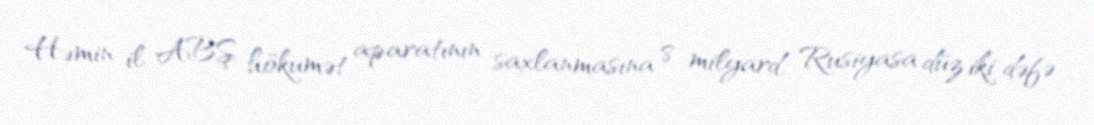
Həmin il ABŞ hökumət aparatının saxlanmasına 8 milyard, Rusiyasa düz iki dəfə